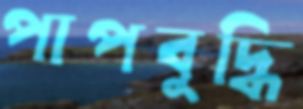
পাপবুদ্ধি